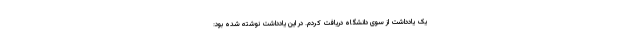
یک یادداشت از سوی دانشگاه دریافت کردم. در این یادداشت نوشته شده بود: